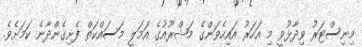
މިނިސްޓަރު ވިދާޅުވީ މި އަހަރު އައިހެވަންގެ މަޝްރޫއުގެ އަމަލީ މަސައްކަތް ފެށިގެންދާނެ ކަމަށެވެ.